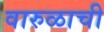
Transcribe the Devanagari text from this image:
वारुळाची